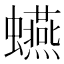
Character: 𧔦